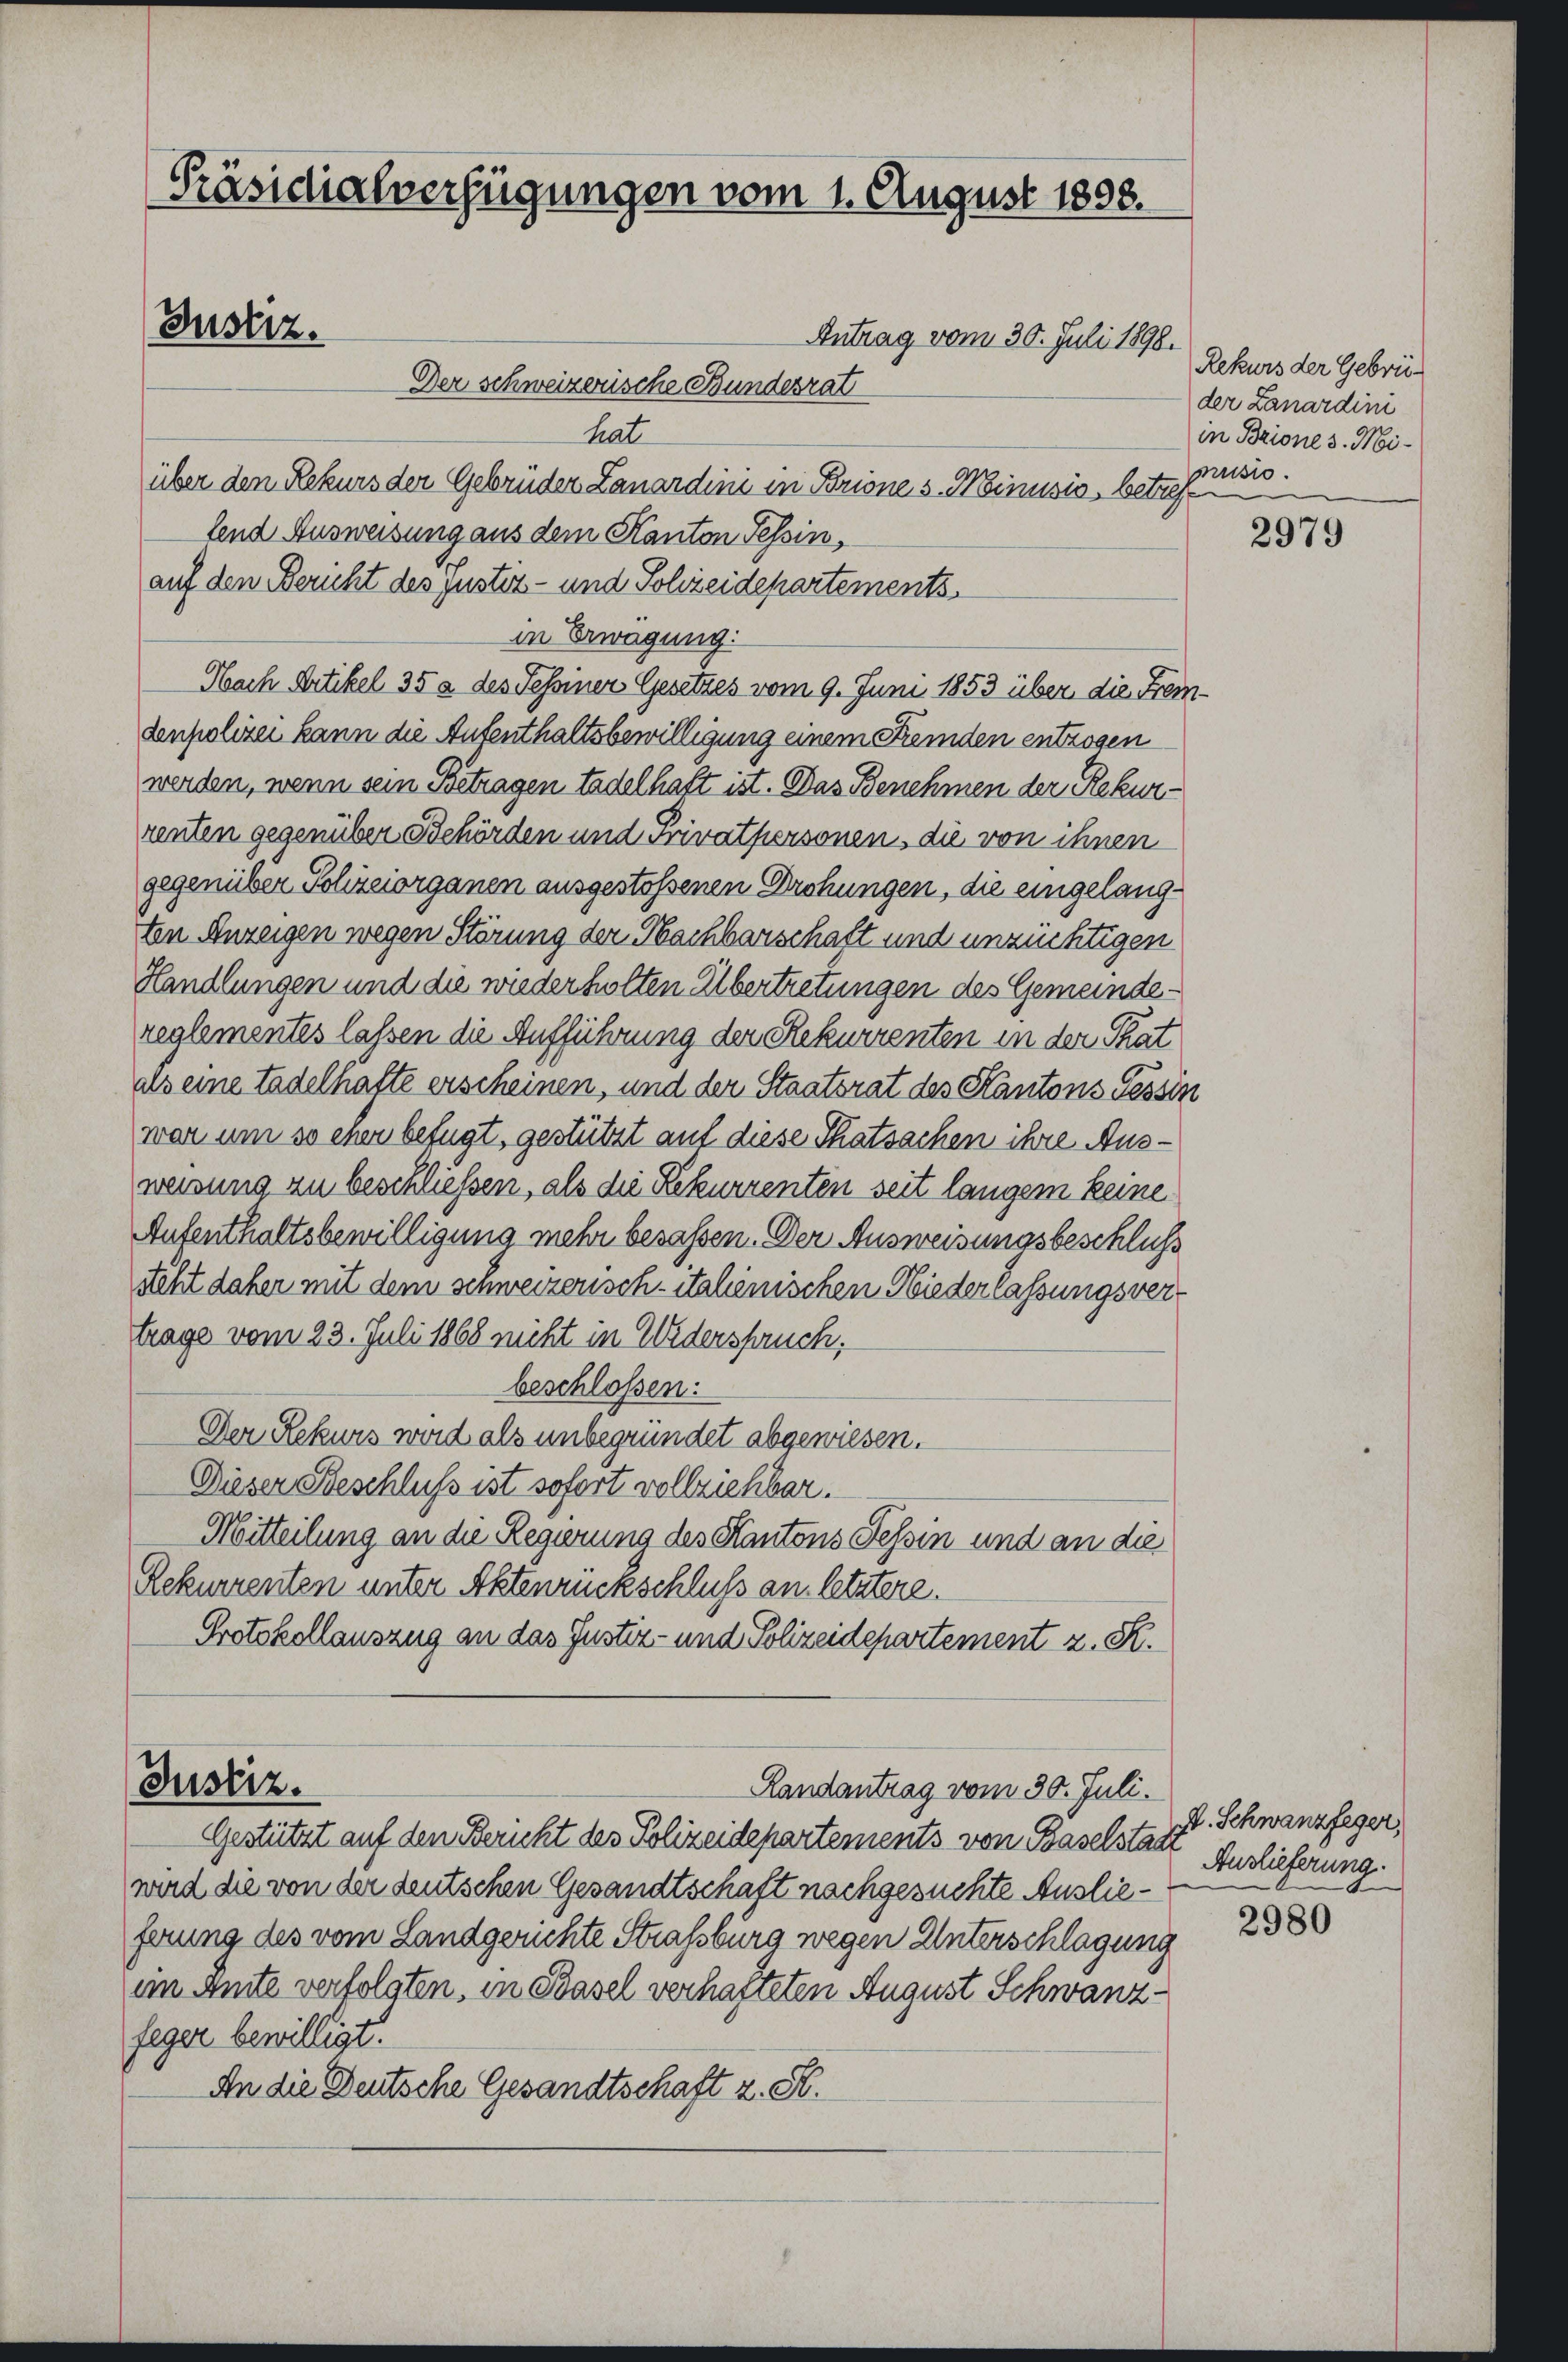
Präsidialverfügungen vom 1. August 1898.
Justiz.
Antrag vom 30. Juli 1898.
Der schweizerische Bundesrat
hat

über den Rekurs der Gebrüder Lanardini in Brione s. Minusis, betreffe
lend Ausweisung aus dem Kanton Tessin,
auf den Bericht des justiz- und Polizeidepartements
in Bewegung:
Nach Artikel 35 2 des Tessiner Gesetzes vom 9. Juni 1853 über die Fremdenpolizei kann die Aufenthaltsbewilligung einem Fremden entzogen
werden, wenn sein Betragen tadelhaft ist. Das Benehmen der Rekurrenten gegenüber Behörden und Privatpersonen, die von ihnen
gegenüber Polizeiorganen ausgestossenen Drohungen, die eingelangten Anzeigen wegen Störung der Nachbarschaft und unzüchtigen
Handlungen und die wiederholten Übertretungen des Gemeindereglementes lassen die Aufführung der Rekurrenten in der That
als eine tadelhafte erscheinen, und der Staatsrat des Kantons Tessin
war um so eher befugt, gestützt auf diese Thatsachen ihre Ausweisung zu beschließen, als die Rekurrenten seit langem keine
Aufenthaltsbewilligung mehr besassen. Der Ausweisungsbeschluss
steht daher mit dem schweizerisch-italienischen Niederlassungsvertrage vom 23. Juli 1868 nicht in Widerspruch,
beschloßen:
Der Rekurs wird als unbegründet abgewiesen.
Dieser Beschluss ist sofort vollziehbar.
Mitteilung an die Regierung des Kantons Tessin und an die
Rekurrenten unter Aktenrückschluß an letztere.
Protokollauszug an das Justiz- und Polizeidepartement z. K.

Justiz.
Landantrag vom 30. Juli.

Gestützt auf den Bericht des Polizeidepartements von Baselstadt Auslieferung
wird die von der deutschen Gesandtschaft nachgesuchte Auslieferung des vom Landgerichte Straßburg wegen Unterschlagung
ein Amte verfolgten, in Basel verhafteten August Schwanzfeger bewilligt.
An die Deutsche Gesandtschaft z. St.

Rekurs der Gebrieder Lanardini
in Brione s. Minusio.

2979

V. Schwanzfeger,

2980